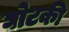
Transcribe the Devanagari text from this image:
घोटकी